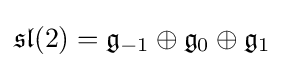
{\mathfrak {sl}}(2)={\mathfrak {g}}_{-1}\oplus {\mathfrak {g}}_{0}\oplus {\mathfrak {g}}_{1}